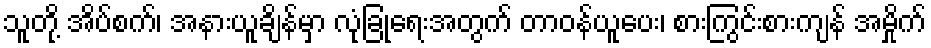
သူတို့ အိပ်စက်၊ အနားယူချိန်မှာ လုံခြုံရေးအတွက် တာဝန်ယူပေး၊ စားကြွင်းစားကျန် အမှိုက်